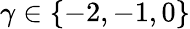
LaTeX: \gamma\in\{ -2,-1,0\}